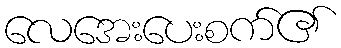
လေအေးပေးစက်၏